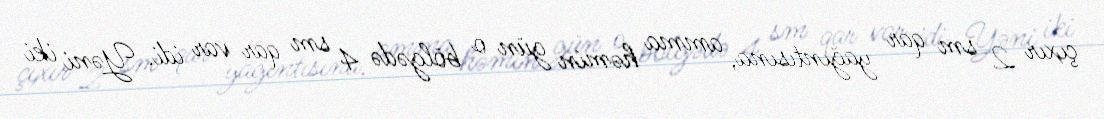
çıxır 2 sm qar yağıntısına, amma həmin gün o bölgədə 4 sm qar var idi. Yəni iki